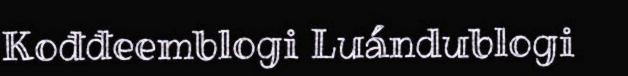
Kođđeemblogi Luándublogi